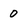
Character: 0